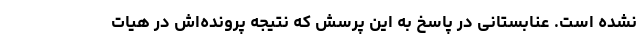
نشده است. عنابستانی در پاسخ به این پرسش که نتیجه پرونده‌اش در هیات